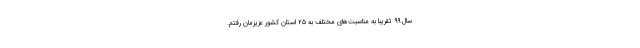
سال ۹۹ تقریباً به مناسبت‌های مختلف به ۲۵ استان کشور عزیزمان رفتم.